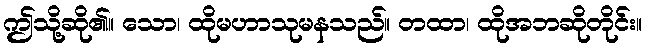
ဤသို့ဆို၏။ သော၊ ထိုမဟာသုမနသည်။ တထာ၊ ထိုအဘဆိုတိုင်း။